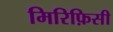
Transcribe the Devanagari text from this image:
मिरिफ़िसी